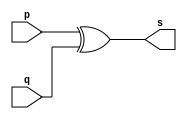
// --------------------- 
// Exemplo0005 - xor 
// Nome: Raphael Quintao 
// --------------------- 
// --------------------- 
// -- xor gate 
// --------------------- 
module xorgate (output [0:3] s, input [0:3] p, 
input [0:3] q); 
assign s = p ^ q; 
endmodule // xor 
// --------------------- 
// -- test xorgate 
// --------------------- 
module testxorgate; 
// ------------------------- dados locais 
reg [0:3] a,b; // definir registrador 
wire [0:3] s; // definir conexao (fio) 
// ------------------------- instancia 
xorgate XOR1 (s, a, b); 
// ------------------------- preparacao 
initial begin:start 
a=4'b0011; // 4 valores binarios 
b=4'b0101; // 4 valores binarios 
end 
// ------------------------- parte principal 
initial begin:main 
$display("Exemplo0005 - Raphael Quintao - 445171"); 
$display("Test xor gate"); 
$display("\n a ^ b = s\n"); 
$monitor("%b ^ %b = %b", a, b, s); 
#1 a=0; b=0; // valores decimais 
#1 a=4'b0010; b=4'b0001; // valores binarios 
#1 a=4'd1; b=3; // decimal e decimal 
#1 a=4'o5; b=2; // octal e decimal 
#1 a=4'hA; b=3; // hexadecimal e decimal 
#1 a=4'h9; b=4'o3; // hexadecimal e octal 
end 
endmodule // testxorgate